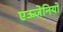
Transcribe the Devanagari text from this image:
एऊजेनियो